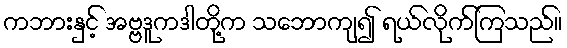
ကဘားနှင့် အဗ္ဗဒူကဒါတို့က သဘောကျ၍ ရယ်လိုက်ကြသည်။